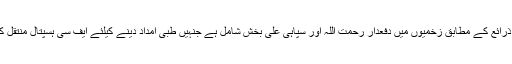
لیویز ذرائع کے مطابق زخمیوں میں دفعدار رحمت اللہ اور سپاہی علی بخش شامل ہے جنہیں طبی امداد دینے کیلئے ایف سی ہسپتال منتقل کیا گیا۔